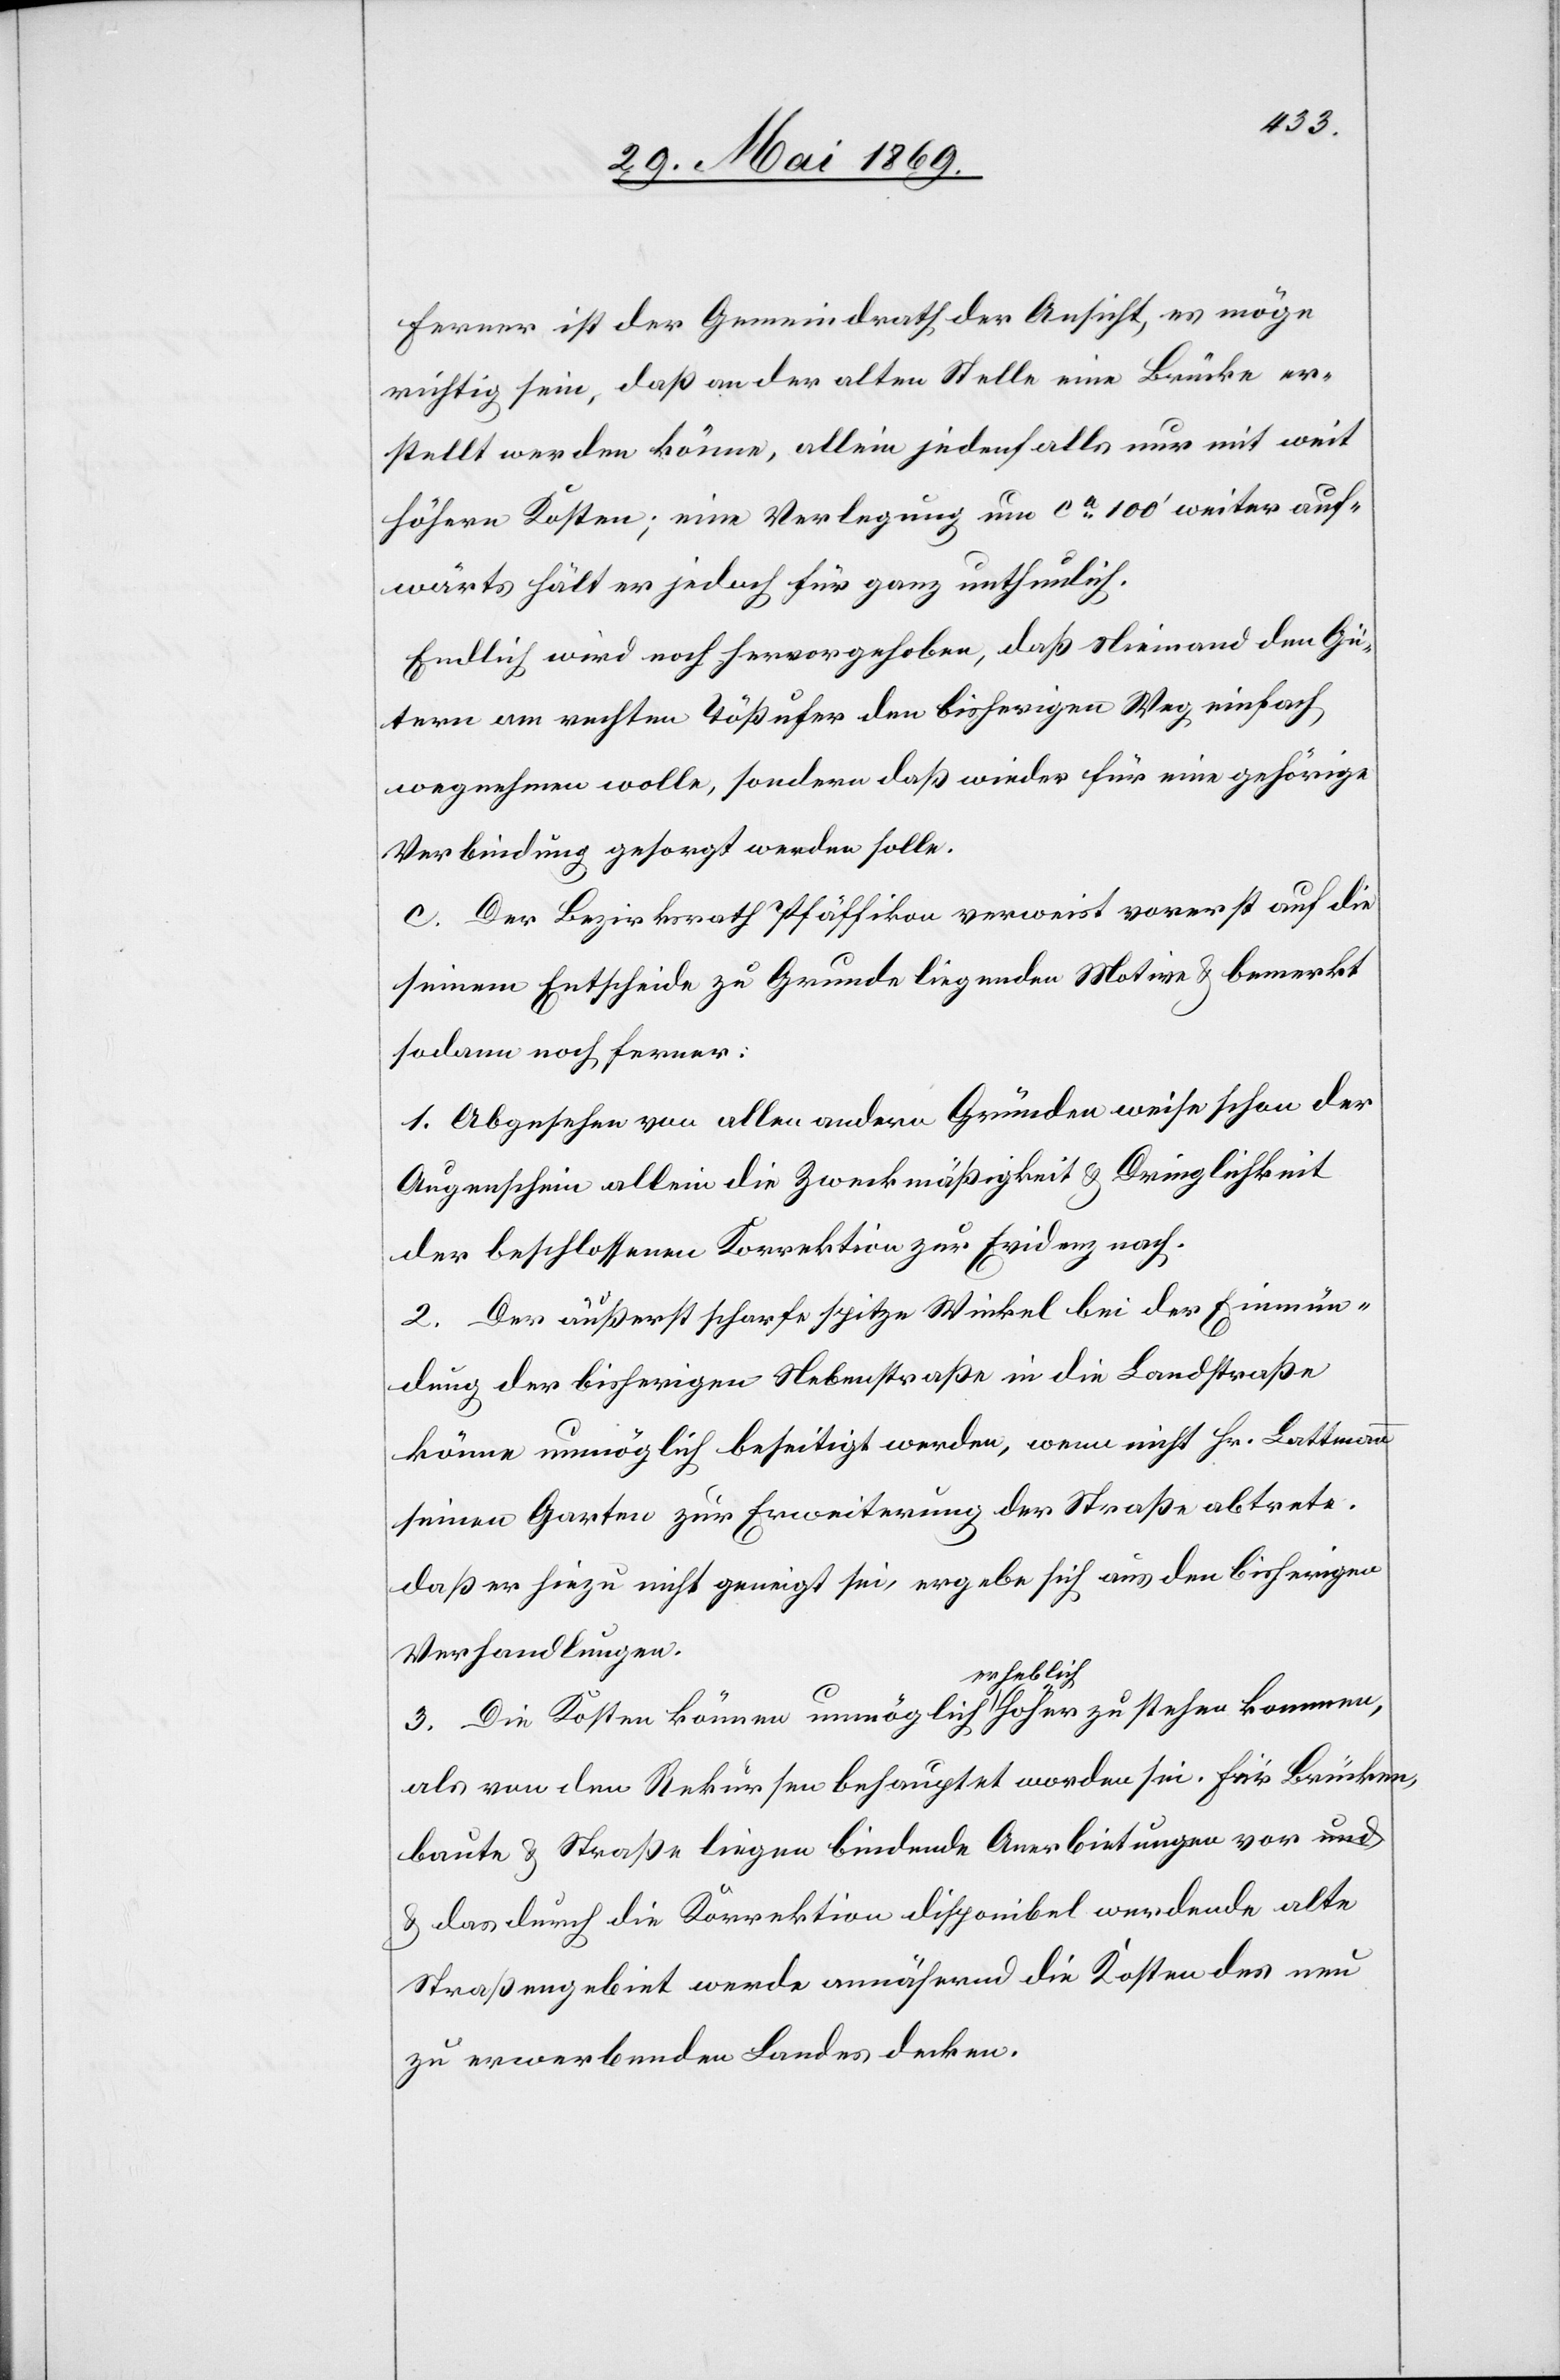
Ferner ist der Gemeindrath der Ansicht, es möge
richtig sein, daß von der alten Stelle eine Brücke er¬
stellt werden könne, allein jedenfalls nur mit weit
höhern Kosten; eine Verlegung um ca 100’ weiter auf¬
wärts hält er jedoch für ganz unthunlich.
Endlich wird noch hervorgehoben, daß Niemand den Gü¬
tern am rechten Tößufer den bisherigen Weg einfach
wegnehmen wolle, sondern daß wieder für eine gehörige
Verbindung gesorgt werden solle.
c. Der Bezirksrath Pfäffikon verweist vorerst auf die
seinem Entscheide zu Grunde liegenden Motive u. bemerkt
sodann noch ferner:
1. Abgesehen von allen andern Gründen weise schon der
Augenschein allein die Zweckmäßigkeit u. Dringlichkeit
der beschlossenen Korrektion zur Evidenz nach.
2. Der äußerst scharfe spitze Winkel bei der Einmün¬
dung der bisherigen Nebenstraße in die Landstraße
könne unmöglich beseitigt werden, wenn nicht Hr. Lattmann
seinen Garten zu Erweiterung der Straße abtrete.
Daß er hiezu nicht geneigt sei, ergebe sich aus den bisherigen
Verhandlungen.
3. Die Kosten können unmöglich erheblich höher zu stehen kommen,
als von den Rekursen behauptet worden sei. Für Brücken¬
baute u. Straße liegen bindende Anerbietungen vor u.
das durch die Korrektionen disponibel werdende alte
Straßengebiet werde annähernd die Kosten des neu
zu erwerbenden Landes decken.